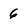
Character: 6